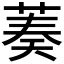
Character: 𦴺